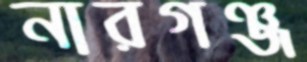
নারগঞ্জ